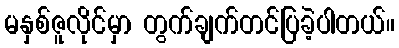
မနှစ်ဇူလိုင်မှာ တွက်ချက်တင်ပြခဲ့ပါတယ်။